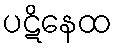
ပဋိနေထ